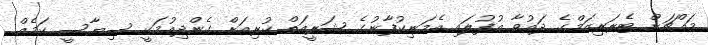
މައްޗަށް ޓެރަރިޒަމްގެ ދައުވާ އުފުލައި އެމަނިކުފާނުގެ ޝަރީއަތް ކުރިއަށް ގެންދިއުމަކީ ސިޔާސީ ކަމެއް